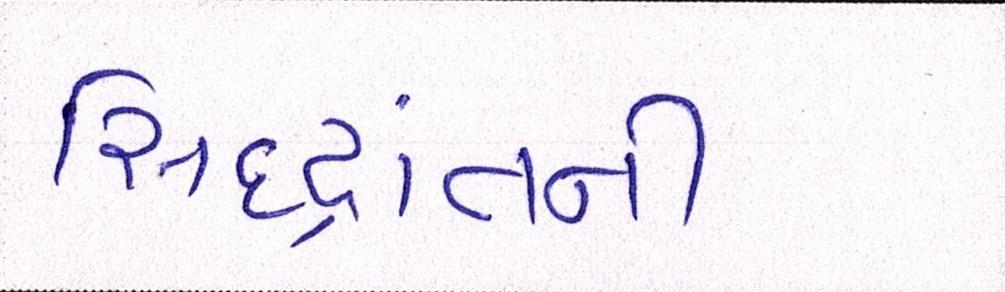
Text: સિદ્ધાંતની